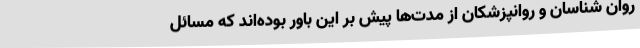
روان شناسان و روانپزشکان از مدت‌ها پیش بر این باور بوده‌اند که مسائل